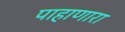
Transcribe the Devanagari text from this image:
पाहाणारा